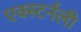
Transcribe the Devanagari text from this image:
एक्स्टर्नली